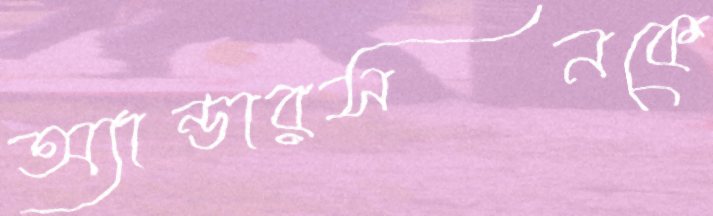
অ্যান্ডারসনকে